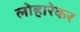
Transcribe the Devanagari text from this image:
लोहारेकर